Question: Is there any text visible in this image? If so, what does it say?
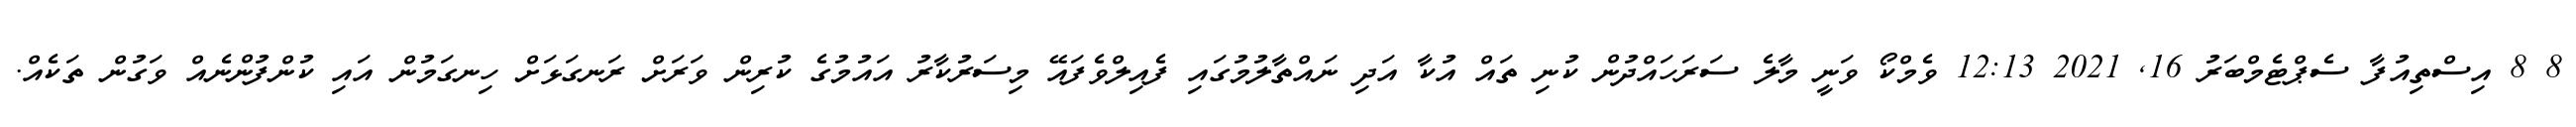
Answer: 8 8 އިސްތިއުފާ ސެޕްޓެމްބަރު 16, 2021 12:13 ވެމްކޯ ވަނީ މާލެ ސަރަހައްދުން ކުނި ތައް އުކާ އަދި ނައްތާލުމުގައި ފެއިލްވެފައޭ މިސަރުކާރު އައުމުގެ ކުރިން ވަރަށް ރަނގަޅަށް ހިނގަމުން އައި ކުންފުންނެއް ވަގުން ތަކެއް.